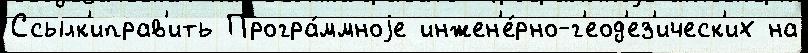
Ссылк'иправ'ить Програ́ммноjе инжен'е́рно-г'еод'ез'ическ'их на